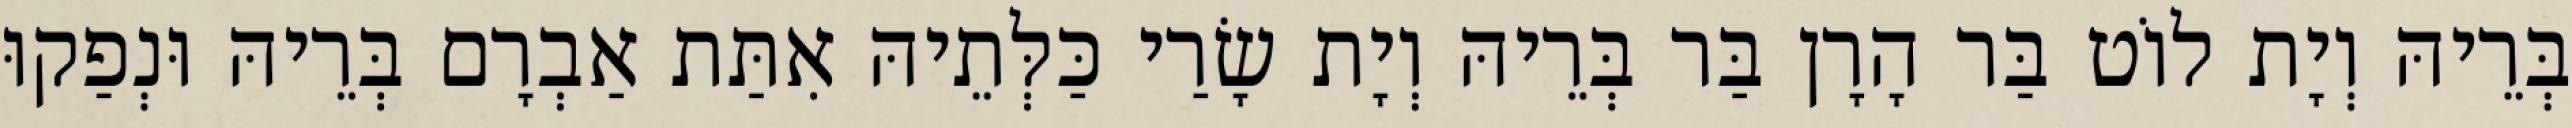
בְּרֵיהּ וְיָת לוֹט בַּר הָרָן בַּר בְּרֵיהּ וְיָת שָׂרַי כַּלְּתֵיהּ אִתַּת אַבְרָם בְּרֵיהּ וּנְפַקוּ